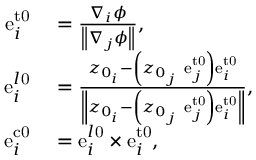
\begin{array} { r l } { \mathrm { e } _ { i } ^ { \mathrm { { t 0 } } } } & { { } = \frac { \nabla _ { i } \phi } { \left\| \nabla _ { j } \phi \right\| } , } \\ { \mathrm { e } _ { i } ^ { l \mathrm { { 0 } } } } & { { } = \frac { z _ { 0 _ { i } } - \left( z _ { 0 _ { j } } \ \mathrm { e } _ { j } ^ { \mathrm { { t 0 } } } \right) \mathrm { e } _ { i } ^ { \mathrm { { t 0 } } } } { \left\| z _ { 0 _ { i } } - \left( z _ { 0 _ { j } } \ \mathrm { e } _ { j } ^ { \mathrm { { t 0 } } } \right) \mathrm { e } _ { i } ^ { \mathrm { { t 0 } } } \right\| } , } \\ { \mathrm { e } _ { i } ^ { \mathrm { { c 0 } } } } & { { } = \mathrm { e } _ { i } ^ { l \mathrm { { 0 } } } \times \mathrm { e } _ { i } ^ { \mathrm { { t 0 } } } , } \end{array}